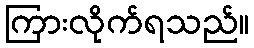
ကြားလိုက်ရသည်။